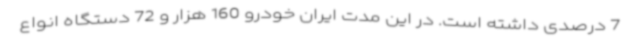
7 درصدی داشته است. در این مدت ایران خودرو 160 هزار و 72 دستگاه انواع